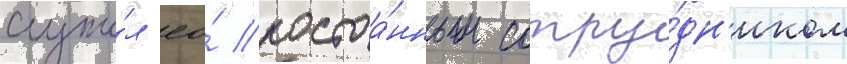
Служи́л ео́ постоа́нным сотру́дн'иком